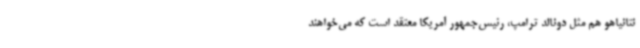
نتانیاهو هم مثل دونالد ترامپ، رئیس‌جمهور آمریکا معتقد است که می‌خواهند